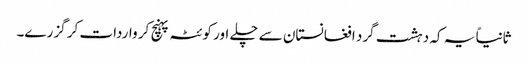
ثانیاً یہ کہ دہشت گرد افغانستان سے چلے اور کوئٹہ پہنچ کر واردات کر گزرے۔